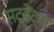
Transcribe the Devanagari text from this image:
सटूडेंट्स